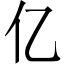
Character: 亿